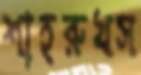
শাহরুখস